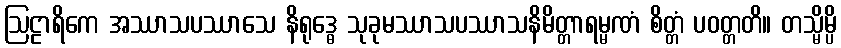
ဩဠာရိကေ အဿာသပဿာသေ နိရုဒ္ဓေ သုခုမဿာသပဿာသနိမိတ္တာရမ္မဏံ စိတ္တံ ပဝတ္တတိ။ တသ္မိမ္ပိ